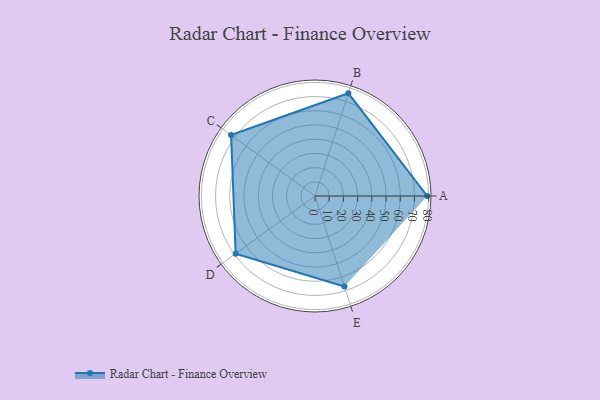
{"axis": {"x": "Skill", "y": "Score"}, "legend": ["Profile"], "data": [{"x": "A", "y": 79.0, "type": "Profile"}, {"x": "B", "y": 76.0, "type": "Profile"}, {"x": "C", "y": 73.0, "type": "Profile"}, {"x": "D", "y": 69.0, "type": "Profile"}, {"x": "E", "y": 67.0, "type": "Profile"}]}